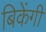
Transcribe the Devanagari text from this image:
बिकेंगी